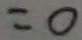
= 0